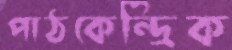
পাঠকেন্দ্রিক